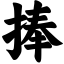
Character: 捧